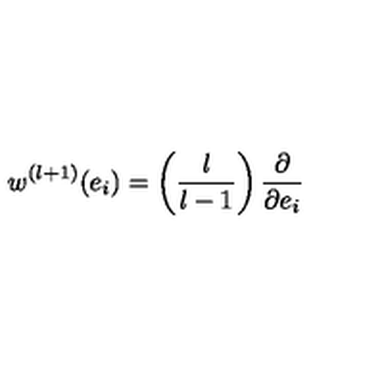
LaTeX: w ^ { ( l + 1 ) } ( e _ { i } ) = \left( \frac { l } { l - 1 } \right) \frac { \partial } { \partial e _ { i } }